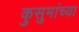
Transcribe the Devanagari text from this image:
कुसुमांच्या